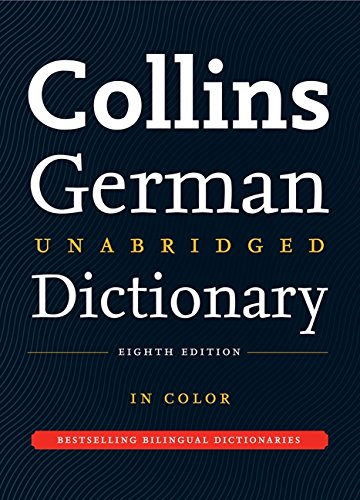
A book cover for Collins German Unabridged Dictionary, 8th Edition; HarperCollins Publishers Ltd.; Reference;